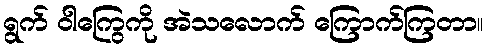
ရွက် ဝါကြွေကို အဲသလောက် ကြောက်ကြတာ။